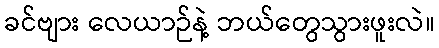
ခင်ဗျား လေယာဉ်နဲ့ ဘယ်တွေသွားဖူးလဲ။